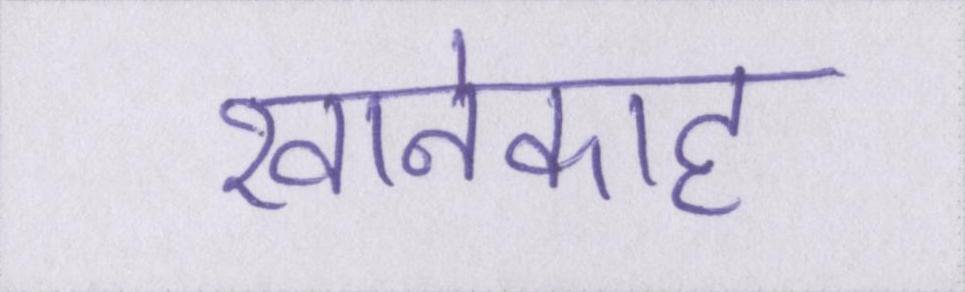
खानेकाह